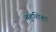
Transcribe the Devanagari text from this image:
बहुशिक्षा